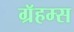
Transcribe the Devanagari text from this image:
ग्रॅहम्स